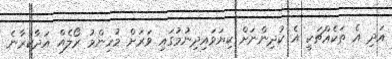
އަދި އެ ތަކެއްޗަކީ އެ ކުދިންނަށް ކިޔަވައިދިނުމުގައި ވަރަށް މުހިންމު ރޯލެއް އަދާކުރާނެ